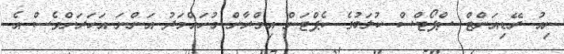
ނިއު ރޭޑިއަންޓް ސްޕޯޓްސް ކުލަބުގެ ކެޕްޓަން އިމްރާން މުހައްމަދު އަންނަ އަހަރަށްވެސް އެ